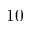
1 0